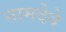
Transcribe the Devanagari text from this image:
नामदेवे